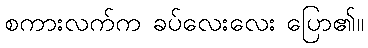
စကားလက်က ခပ်လေးလေး ပြော၏။